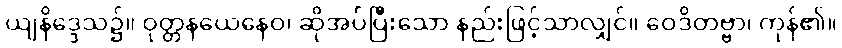
ယျနိဒ္ဒေသ၌။ ဝုတ္တနယေနေဝ၊ ဆိုအပ်ပြီးသော နည်းဖြင့်သာလျှင်။ ဝေဒိတဗ္ဗာ၊ ကုန်၏။